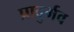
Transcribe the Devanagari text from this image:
प्रादुर्भव